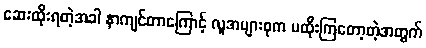
ဆေးထိုးရတဲ့အခါ နာကျင်တာကြောင့် လူအများစုက မထိုးကြတော့တဲ့အတွက်